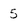
Character: 5